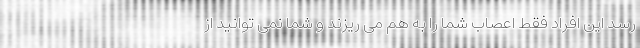
رسد این افراد فقط اعصاب شما را به هم می ریزند و شما نمی توانید از